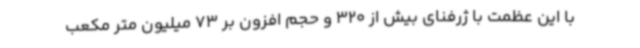
با این عظمت با ژرفنای بیش از 320 و حجم افزون بر 73 میلیون متر مکعب